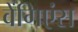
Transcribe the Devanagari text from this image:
वेंगिएंस